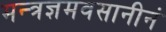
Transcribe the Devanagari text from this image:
मन्त्रज्ञमवसानीनं